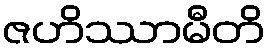
ဇဟိဿာမီတိ